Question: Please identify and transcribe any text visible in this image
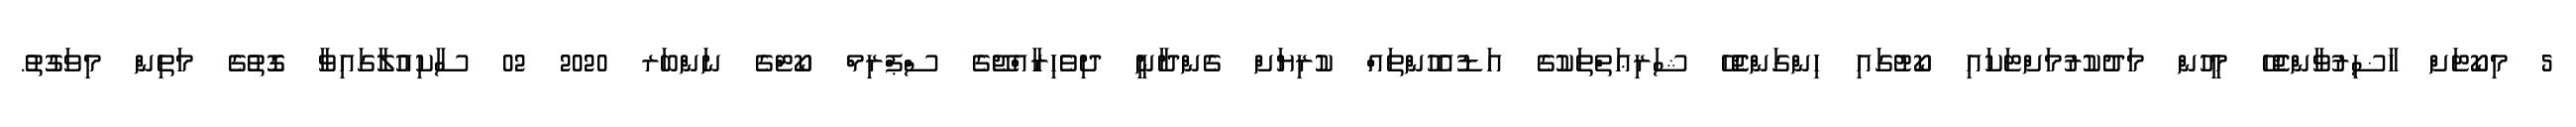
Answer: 5 މިކޯޓަށް ހާޟިރުވާންޖެހޭ މީހުން މަދުކުރުމަށްޓަކައި ކޯޓުގައި ހިންގަންޖެހޭ ޝަރިޢަތްތަކުގެ އަޑުއެހުންތައް ކުރިޔަށް ގެންދާނީ ދިވެހިރާއްޖޭގެ ސްޕްރިމް ކޯޓްގެ ނަންބަރ 2020 02 ސާކިއުލާގައިވާ ގޮތުގެ މަތިން މިވަގުތު.